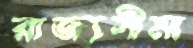
রাজ্যসীমা